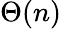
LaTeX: \Theta(n)